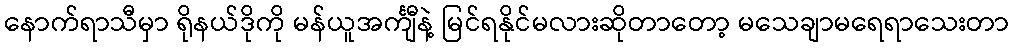
နောက်ရာသီမှာ ရိုနယ်ဒိုကို မန်ယူအင်္ကျီနဲ့ မြင်ရနိုင်မလားဆိုတာတော့ မသေချာမရေရာသေးတာ